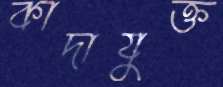
কাদাযুক্ত